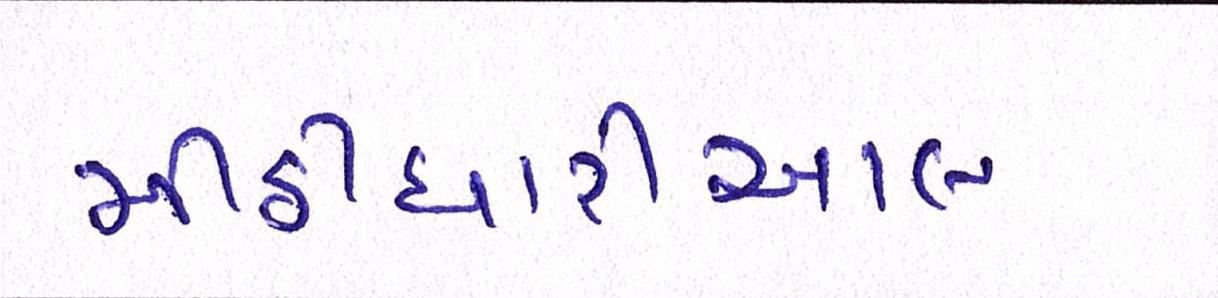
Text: મીઠીઘારીઆલ